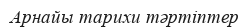
Арнайы тарихи тәртіптер